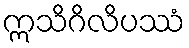
ဣသိဂိလိပဿံ